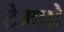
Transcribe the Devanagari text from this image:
टेमपो